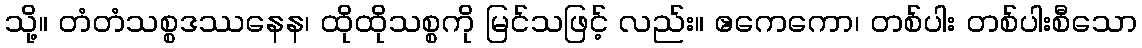
သို့။ တံတံသစ္စဒဿနေန၊ ထိုထိုသစ္စကို မြင်သဖြင့် လည်း။ ဧကေကော၊ တစ်ပါး တစ်ပါးစီသော